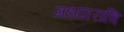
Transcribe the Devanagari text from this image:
मध्यारात्रि